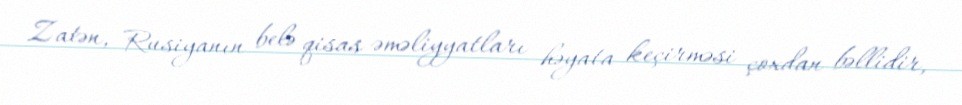
Zatən, Rusiyanın belə qisas əməliyyatları həyata keçirməsi çoxdan bəllidir,